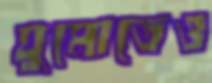
ঘুমোতেও